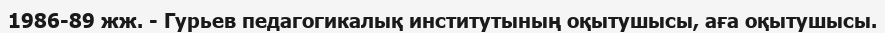
1986-89 жж. - Гурьев педагогикалық институтының оқытушысы, аға оқытушысы.